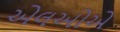
એલઓએ